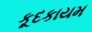
કૂદકાયમ